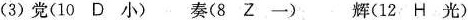
(3)党(10 D 小) 奏(8 Z 一) 辉(12 H 光)